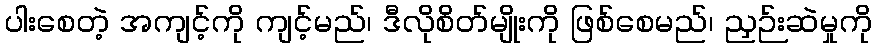
ပါးစေတဲ့ အကျင့်ကို ကျင့်မည်၊ ဒီလိုစိတ်မျိုးကို ဖြစ်စေမည်၊ ညှဉ်းဆဲမှုကို